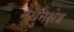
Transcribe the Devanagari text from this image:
मैथुनक्षेत्र